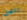
الثمل